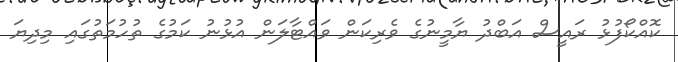
ކޮއްކޯފުޅު ރައީސް އަބްދު ޔާމީނުގެ ވެރިކަން ވައްޓާލަން އުޅުނު ކަމުގެ ތުހުމަތުގައި މިދިޔަ